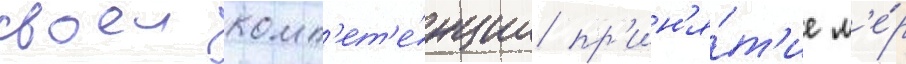
своеи комп'ет'е́нции пр'ин'я́т'ие м'е́р